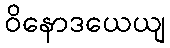
ဝိနောဒယေယျ